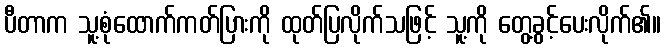
ပီတာက သူ့စုံထောက်ကတ်ပြားကို ထုတ်ပြလိုက်သဖြင့် သူ့ကို တွေ့ခွင့်ပေးလိုက်၏။